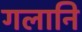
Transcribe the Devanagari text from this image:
गलानि